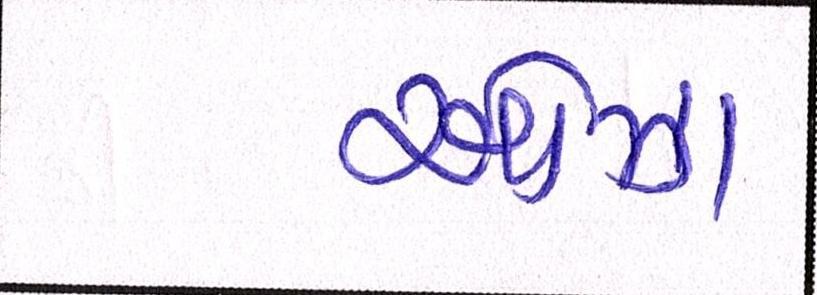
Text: ઓઝા